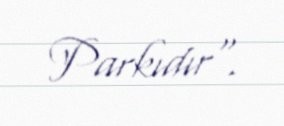
Parkıdır".